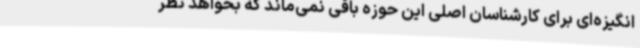
انگیزه‌ای برای کارشناسان اصلی این حوزه باقی نمی‌ماند که بخواهد نظر